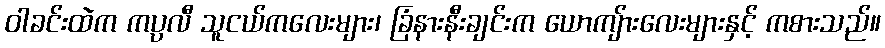
ဝါခင်းထဲက ကပ္ပလီ သူငယ်ကလေးများ၊ ခြံနားနီးချင်းက ယောကျ်ားလေးများနှင့် ကစားသည်။